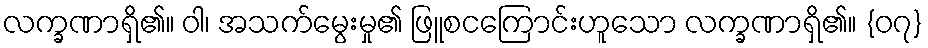
လက္ခဏာရှိ၏။ ဝါ၊ အသက်မွေးမှု၏ ဖြူစငကြောင်းဟူသော လက္ခဏာရှိ၏။ {၀၇}